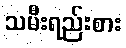
သမီးရည်းစား